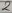
Text: 2